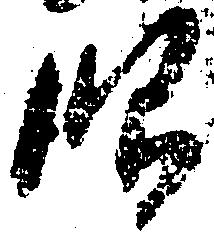
眼